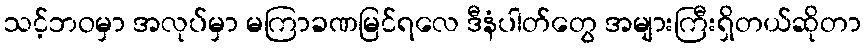
သင့်ဘဝမှာ အလုပ်မှာ မကြာခဏမြင်ရလေ ဒီနံပါတ်တွေ အများကြီးရှိတယ်ဆိုတာ